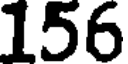
156